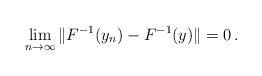
LaTeX: \begin{align*} \lim \limits _{n \to \infty} \|F^{-1}(y_n)-F^{-1}(y)\| =0\,. \end{align*}